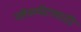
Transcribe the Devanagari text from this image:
प्लेसमेंटसाठी